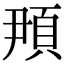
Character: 䪳